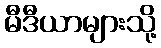
မီဒီယာများသို့